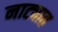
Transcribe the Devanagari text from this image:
नाट्यात